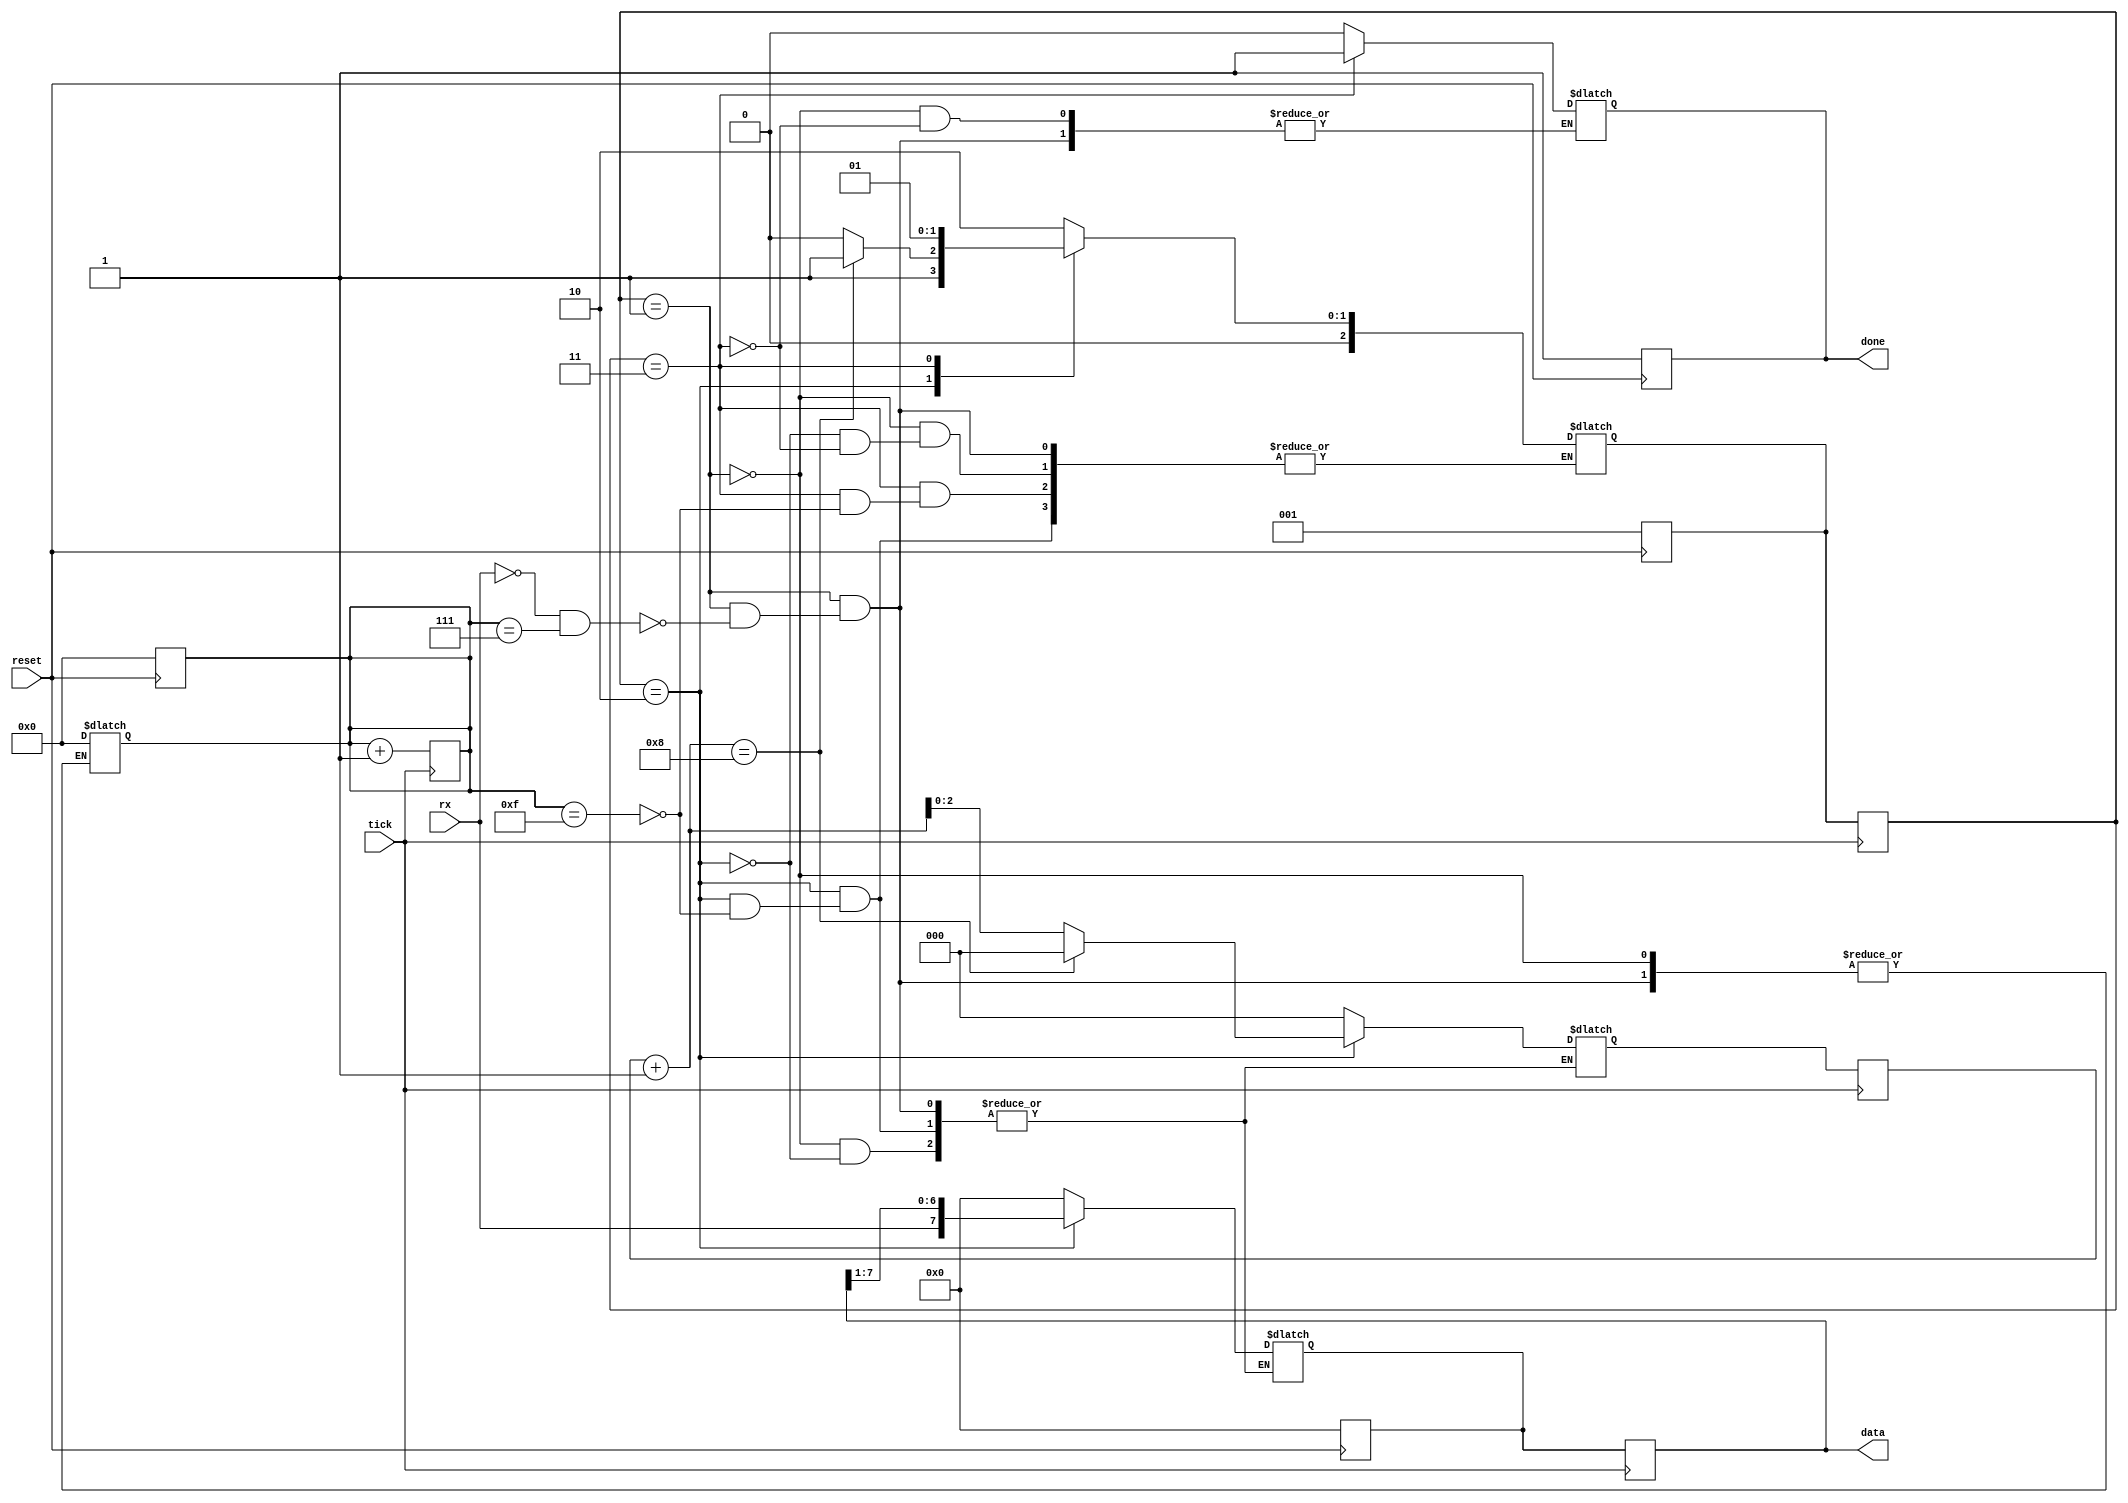
module uartRX(
    reset,
    rx,
    data,
    tick,
    done
);
/*
    UART Receiver Module for 8 data bits with a start and stop bit.
    This module expects an input for the tick at the baud rate frequency x16.
    The data is kept until the next input begins
*/

input reset; // Input Reset to initalize receiver
input tick; // Baud Rate cycle with x16 oversampling
input rx; // Input RX


/* Output Registers for Module */
output reg[7:0] data;
output reg done;

/* Declared States for the FSM */ 
localparam[2:0]
    RESET = 3'd0,
    IDLE = 3'd1, // RX hasn't activated
    WORKING = 3'd2, // Data is being inputted
    DONE = 3'd3; // Data has finished calculating


reg [2:0] state; // Current state of FSM
reg [3:0] counter; // To keep track of the baudrate oversampling by 16x
reg [2:0] bits_read; // Count the number of bits that have been read

/* Next Registers*/
reg [2:0] next_state; 
reg [2:0] next_bits_read;
reg [7:0] next_data;

/* State Machine Logic */
always@(rx, counter) begin
    case(state)
        IDLE: begin
            //done = 1'b0;
            if(rx == 0 && counter == 4'd7) begin // Move the counter to the middle of a bit
                counter = 0;
                done = 1'b0;
                next_data = 7'd0;
                next_bits_read = 3'd0;
                next_state = WORKING;
            end
        end
        WORKING:
            if(counter == 4'd15) begin
                next_data = {rx, data[7:1]}; // Shift over the existing data we have and add the newest bit to the MSB
                next_bits_read = bits_read + 1;
                next_state = WORKING;
                if (bits_read + 1 == 4'b1000) begin
                    next_state = DONE;
                    next_bits_read = 3'd0;
                end
            end
        DONE: begin
            done = 1'b1;
            if(counter == 4'd15) begin
                //done = 1'b1;
                next_state = IDLE;
            end
        end
    endcase
end

/* DFF Next State logic */
always@(posedge tick) begin
    counter <= counter + 1;
    bits_read <= next_bits_read;
    state <= next_state;
    data <= next_data;
end


/* ASync Reset for the Receiver */
always@(negedge reset) begin // Didn't use clock to keep logic simple to the Baud Rate Tick
    next_state <= IDLE;
    counter <= 4'd0;
    next_data = 0;
    done <= 1;
end




endmodule